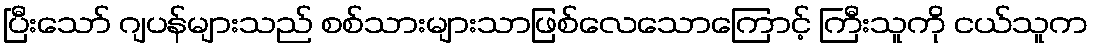
ပြီးသော် ဂျပန်များသည် စစ်သားများသာဖြစ်လေသောကြောင့် ကြီးသူကို ငယ်သူက